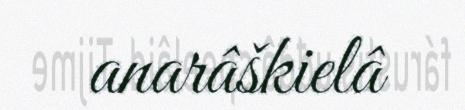
anarâškielâ